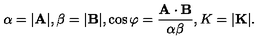
\alpha = | \mathrm { \bf \itshape A } | , \beta = | \mathrm { \bf \itshape B } | , \cos \varphi = \frac { \mathrm { \bf \itshape A } \cdot \mathrm { \bf \itshape B } } { \alpha \beta } , K = | \mathrm { \bf \itshape K } | .